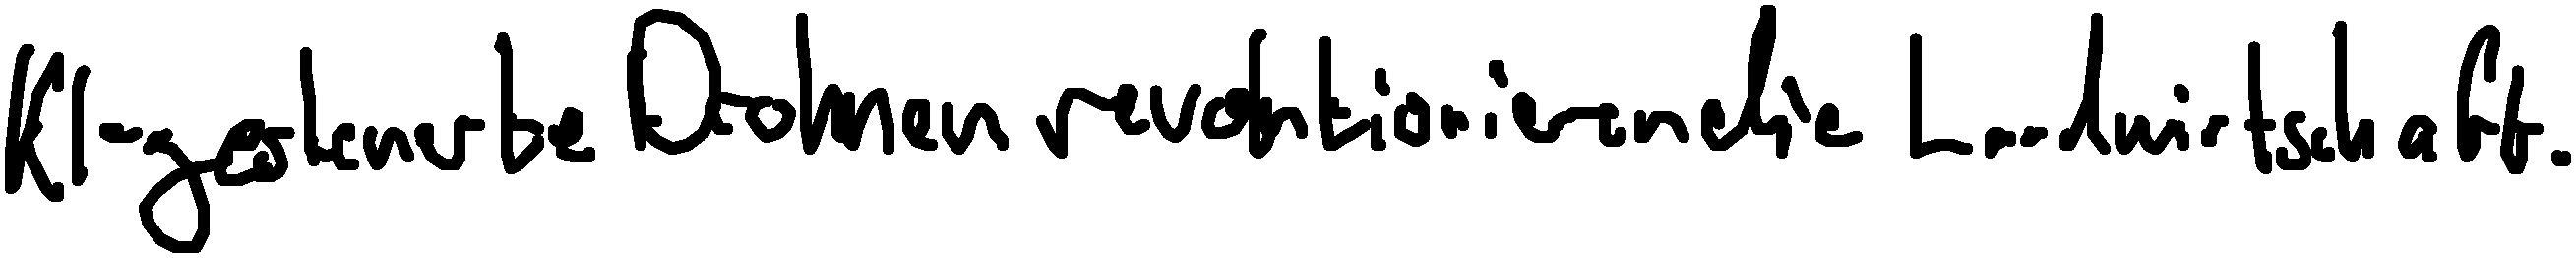
KI-gesteuerte Drohnen revolutionieren die Landwirtschaft.